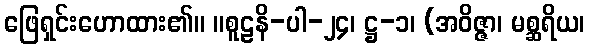
ဖြေရှင်းဟောထား၏။ ။စူဠနိ-ပါ-၂၄၊ ဋ္ဌ-၁၊ (အဝိဇ္ဇာ၊ မစ္ဆရိယ၊